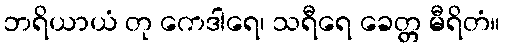
ဘရိယာယံ တု ကေဒါရေ၊ သရီရေ ခေတ္တ မီရိတံ။